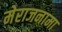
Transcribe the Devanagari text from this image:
मेराजनामा